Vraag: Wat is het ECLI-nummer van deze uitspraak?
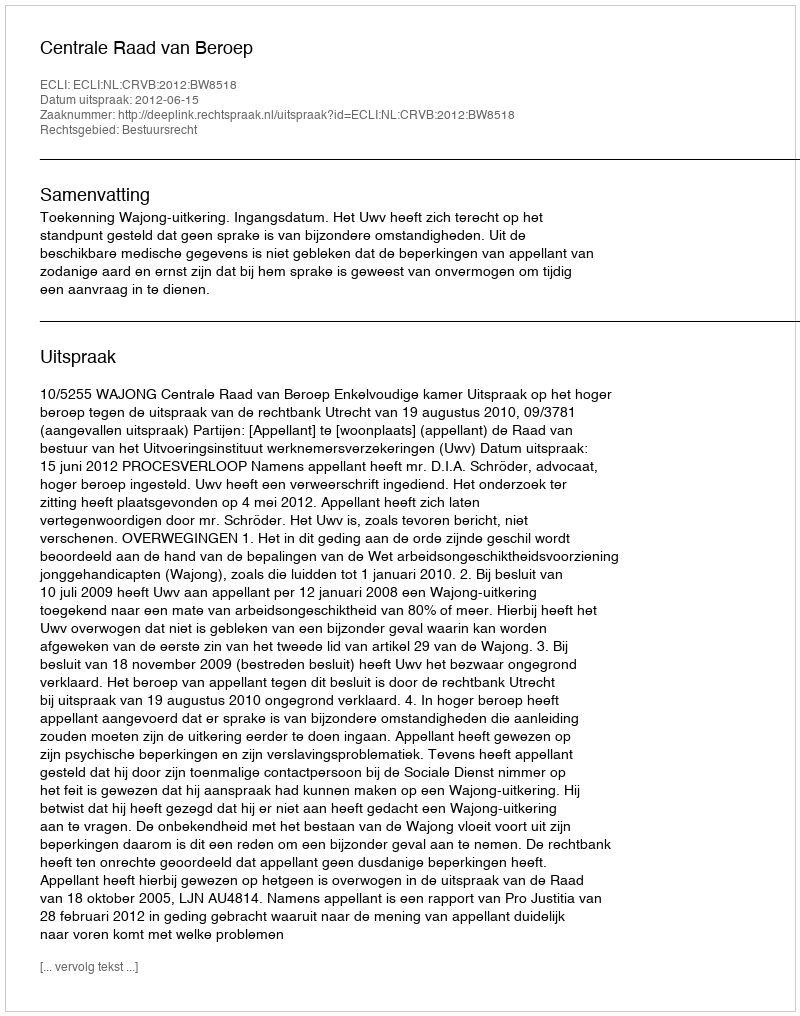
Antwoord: ECLI:NL:CRVB:2012:BW8518